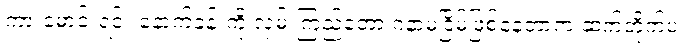
ကားမောင်းရင်း နောက်ခန်းကို လှမ်းကြည့်တော့ ဂနာမငြိမ်ဖြစ်နေတာက ဆက်တိုက်ပဲ။